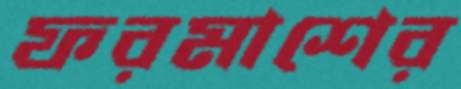
ফরমাশের